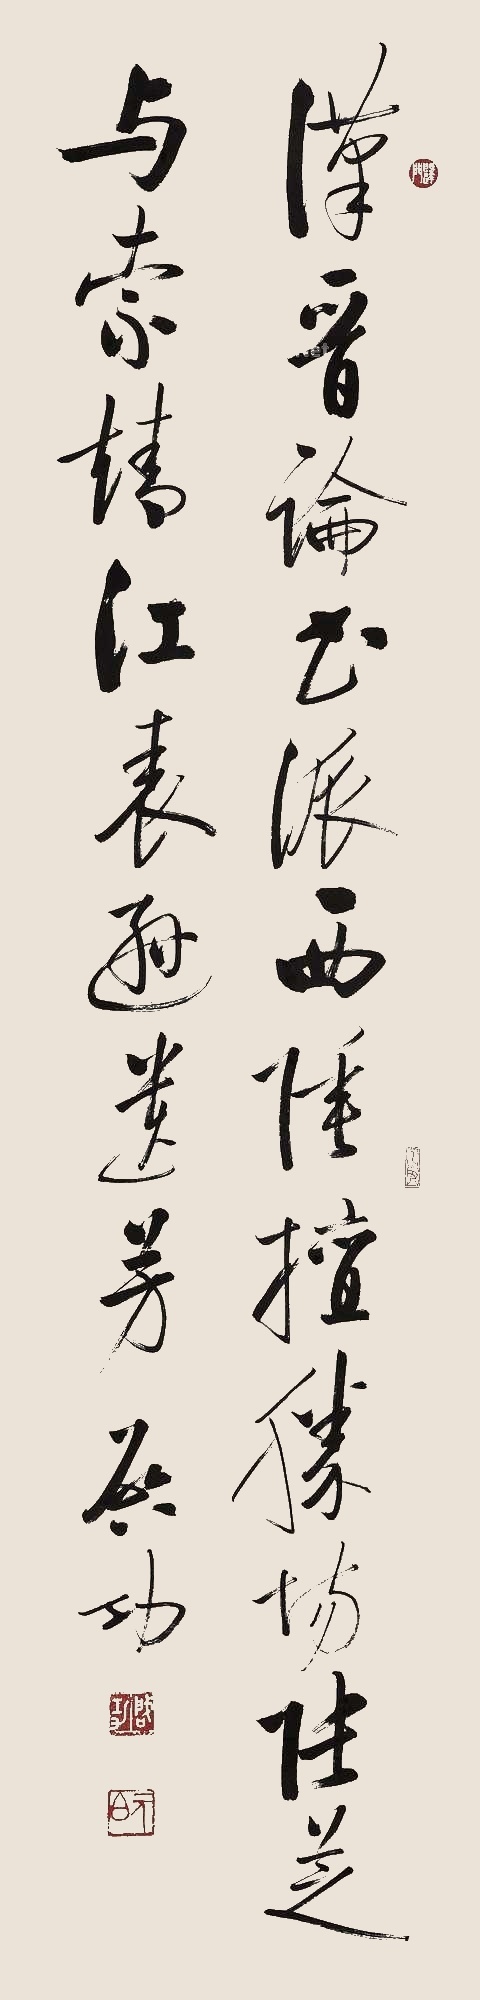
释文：汉晋论书派，西陲擅胜场。张芝与索靖，江表逊遗芳。启功